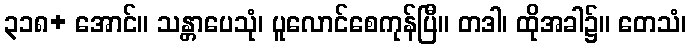
၃၁၈+ အောင်။ သန္တာပေသုံ၊ ပူလောင်စေကုန်ပြီ။ တဒါ၊ ထိုအခါ၌။ တေသံ၊